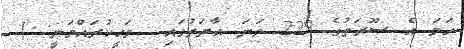
ހަމަ އެ ސޫރަތުގެ 229 ވަނަ އާޔަތުގައި  ވަޙީކުރައްވަނީ: (